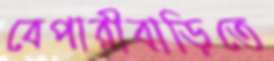
বেপারীবাড়িতে